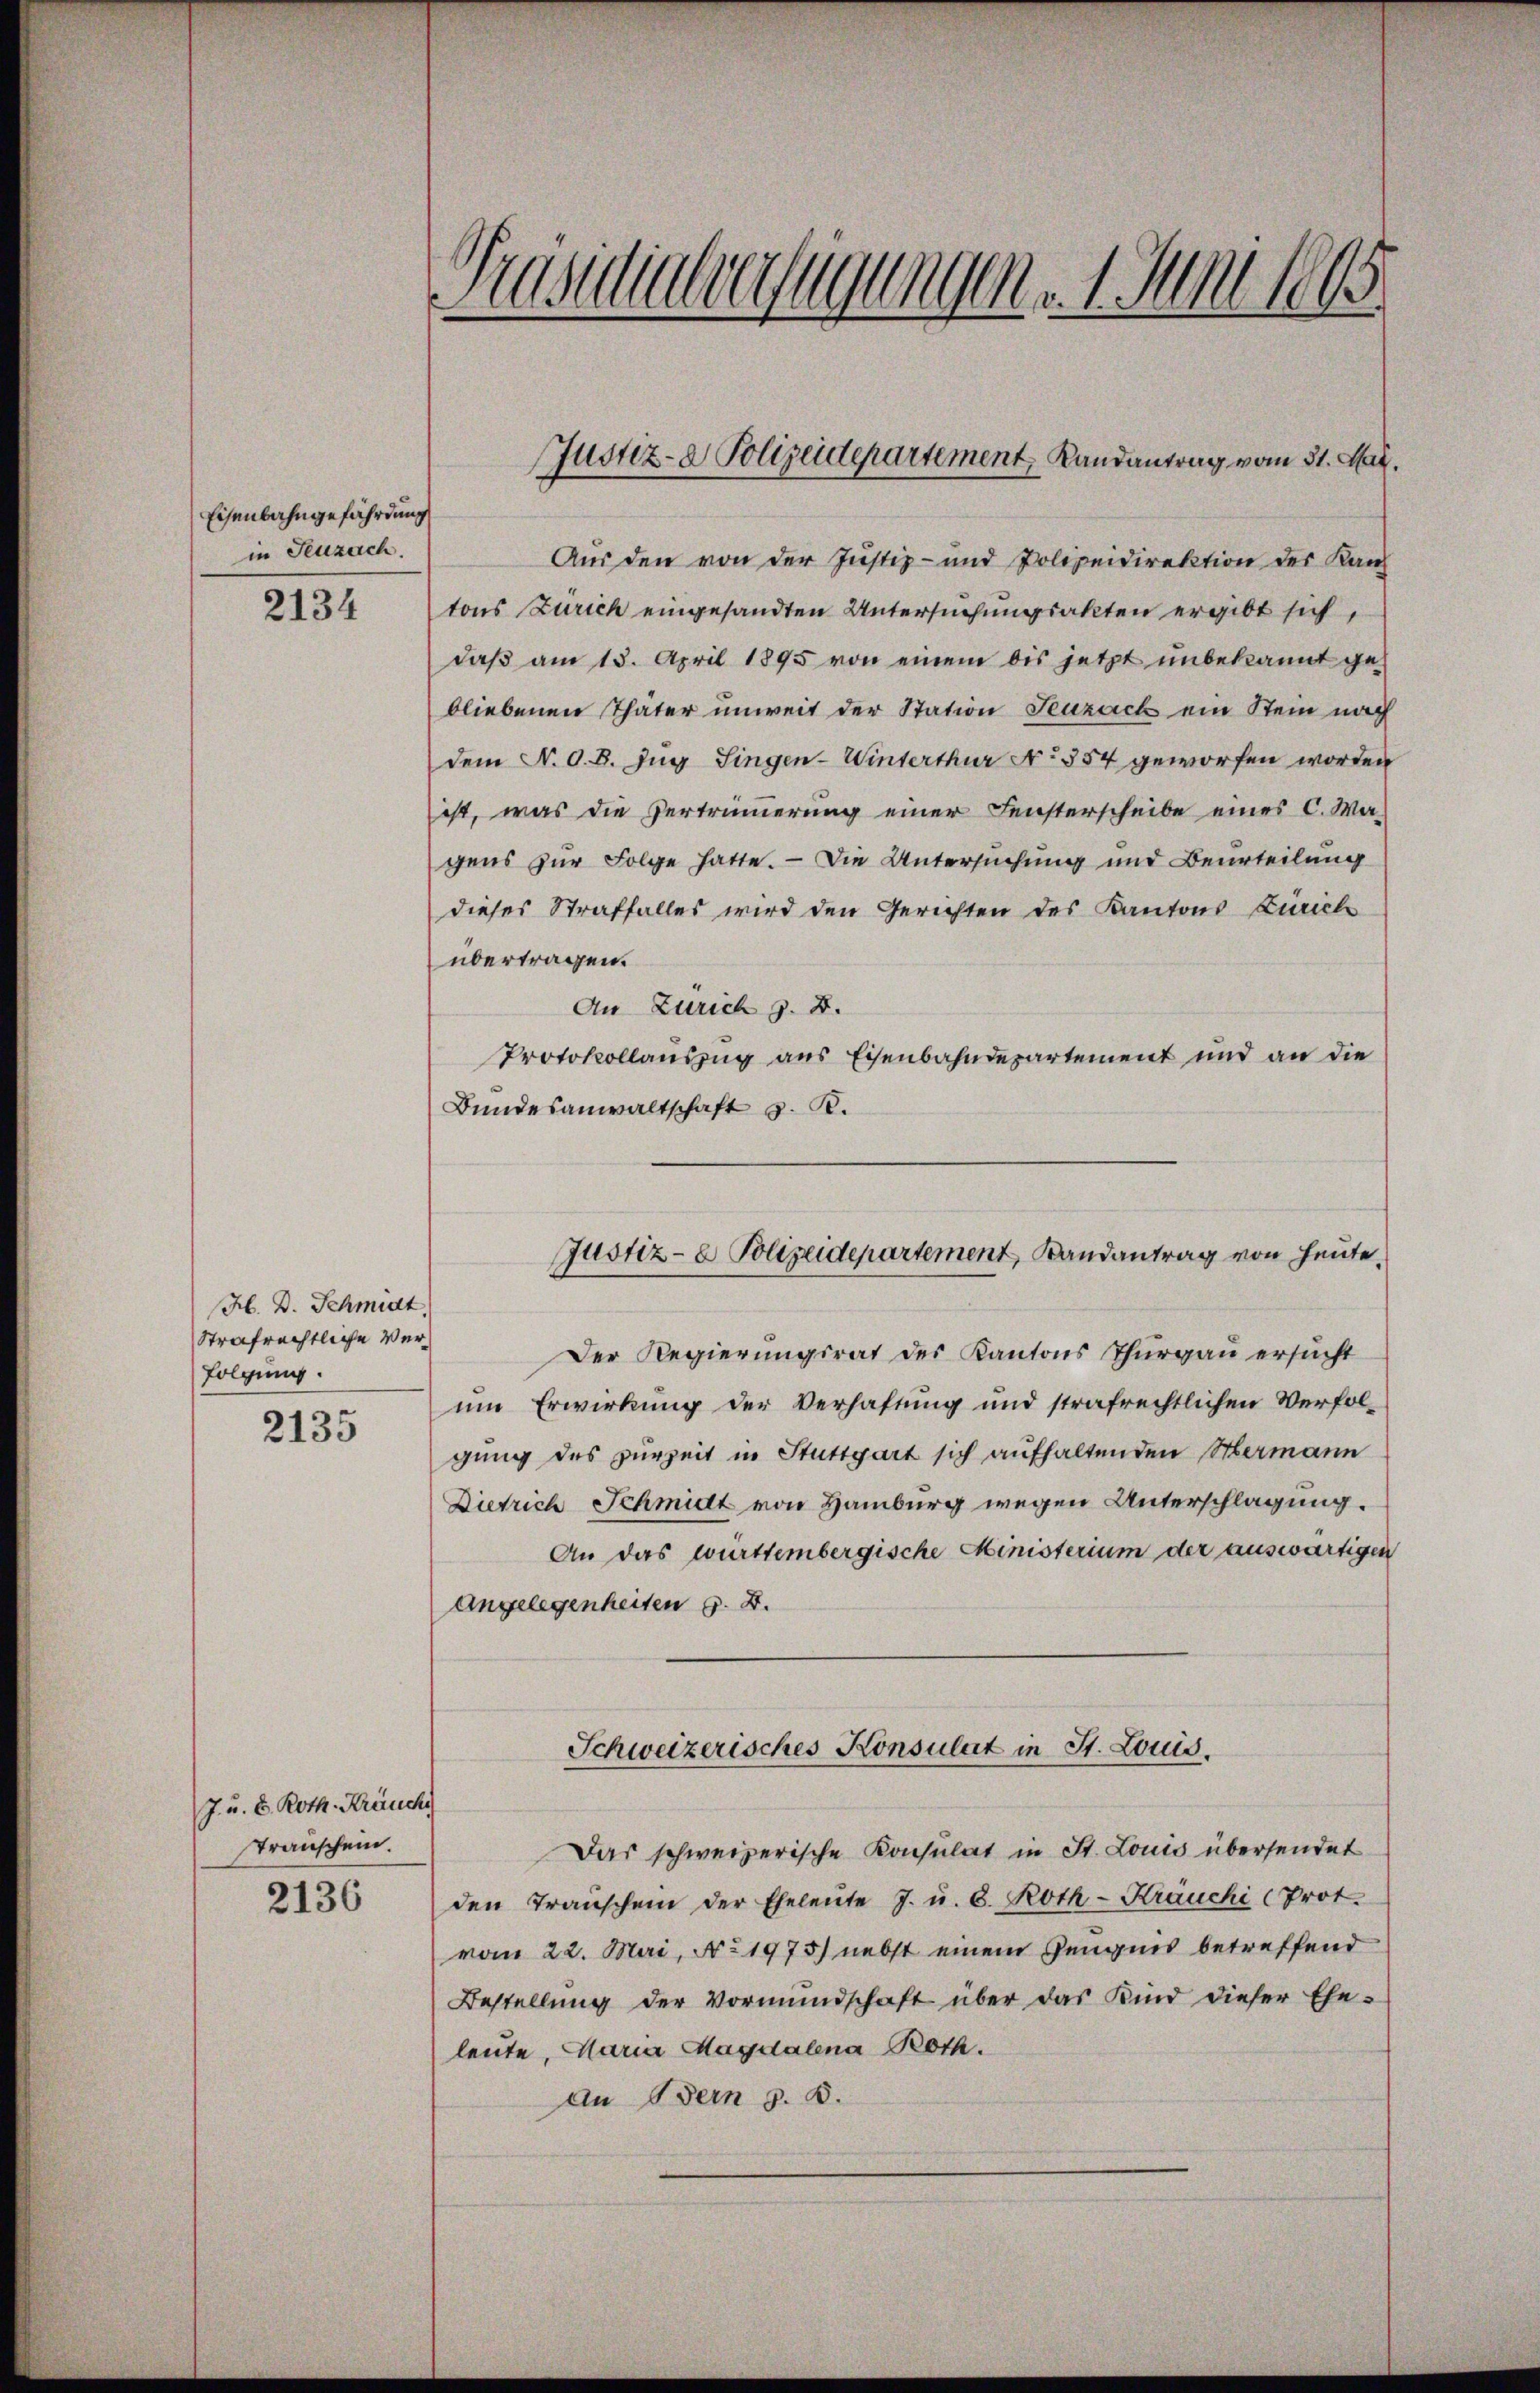
Eisenbahngefährdung
in Seuzach.

2134

H. D. Schmidt,
Strafrechtliche Verfolgung.

2135

J. u. E. Roth. Kräuche
Transchein.

2136

Kusalverfügungen. 1. Juni 1865.

Aus den von der Justiz- und Polizeidirektion des Kauf
tons Zürich eingesandten Untersuchungsakten ergibt sich,
daβ am 13. April 1895 von einem bis jetzt unbekannt ge-
bliebenen Thäter unweit der Station Seuzach ein Stein nach
dem N. O. B. Zug Singen-Winterthur No 354 geworfen worden
ist, was die Vertrümmerung einer Fensterscheibe eines C. Wa-
gens zur Folge hatte. — Die Untersuchung und Beurteilung
dieses Straffalles wird den Gerichten des Kantons Zürich
übertragen.
An Zürich z. B.
Protokollauszug aus Eisenbahndepartement und an die
Bundesanwaltschaft z. B.
Der Regierungsrat des Kantons Thurgau ersucht
um Erwirkung der Verhaftung und strafrechtlichen Verfol-
gung des zurzeit in Stuttgart sich aufhaltenden Hermann
Dietrich Schmidt von Hamburg wegen Unterschlagung.
An das württembergische Ministerium der auswärtigen
Angelegenheiten §. 2.
Schweizerisches Konsulat in St. Louis.
Das schweizerische Konsulat in St. Louis übersendet
den Transchein der Eheleute J. u. 8. Roth-Kräuchi (Prot.
vom 22. Mai, No. 1975) nebst einem Zeugnis betreffend
Bestellŭng der Vormŭndschaft über das Kind dieser Ehe-
leute, Maria Magdalena Roth.
an Bern §. 8.

Justiz- & Polizeidepartement, Landantrag vom 31. Mai.

Justiz- & Polizeidepartement, Randantrag von heute